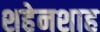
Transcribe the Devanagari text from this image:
शहेनशाह